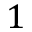
1